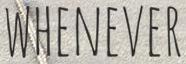
WHENEVER